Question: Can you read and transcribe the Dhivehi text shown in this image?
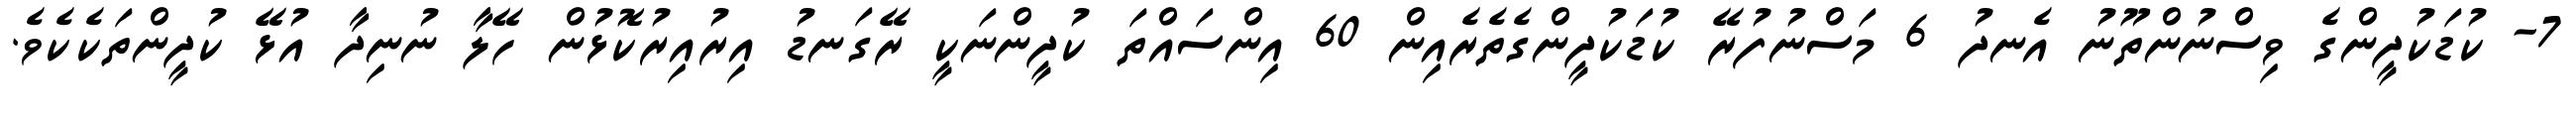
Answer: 7- ކުޑަކުދީންގެ ވިސްނުންތޫނު އެނދު 6 މަސްނުފުރޭ ކުޑަކުދީންގެތެރެއިން 60 އިންސައްތަ ކުދީންނަކީ ރޭގަނޑު އިރުއިރުކޮޅުން ހޭލާ ނުނިދާ އުޅޭ ކުދީންތަކެކެވެ.